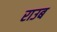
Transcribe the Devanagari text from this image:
राउब